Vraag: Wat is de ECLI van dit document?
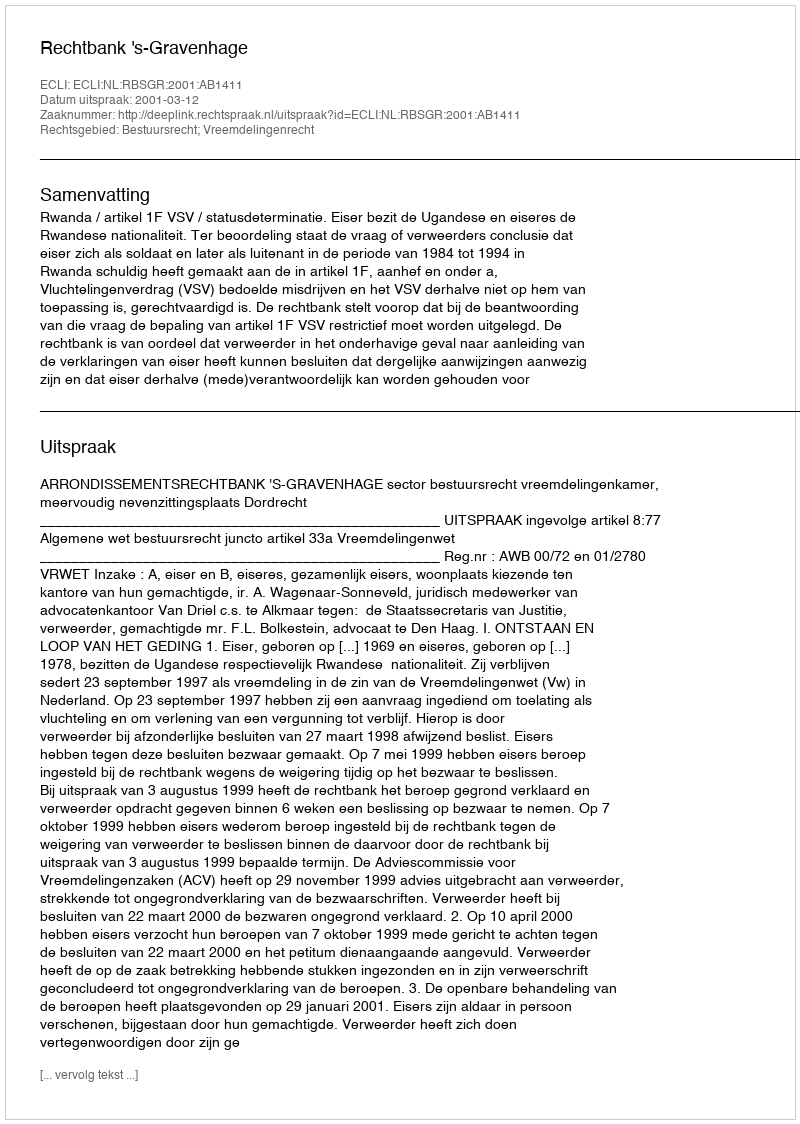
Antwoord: ECLI:NL:RBSGR:2001:AB1411